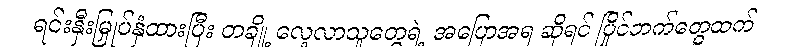
ရင်းနှီးမြှုပ်နှံထားပြီး တချို့ လေ့လာသူတွေရဲ့ အပြောအရ ဆိုရင် ပြိုင်ဘက်တွေထက်